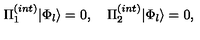
\Pi _ { 1 } ^ { ( i n t ) } | \Phi _ { l } \rangle = 0 , \quad \Pi _ { 2 } ^ { ( i n t ) } | \Phi _ { l } \rangle = 0 ,